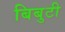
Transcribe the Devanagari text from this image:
बिबुटी